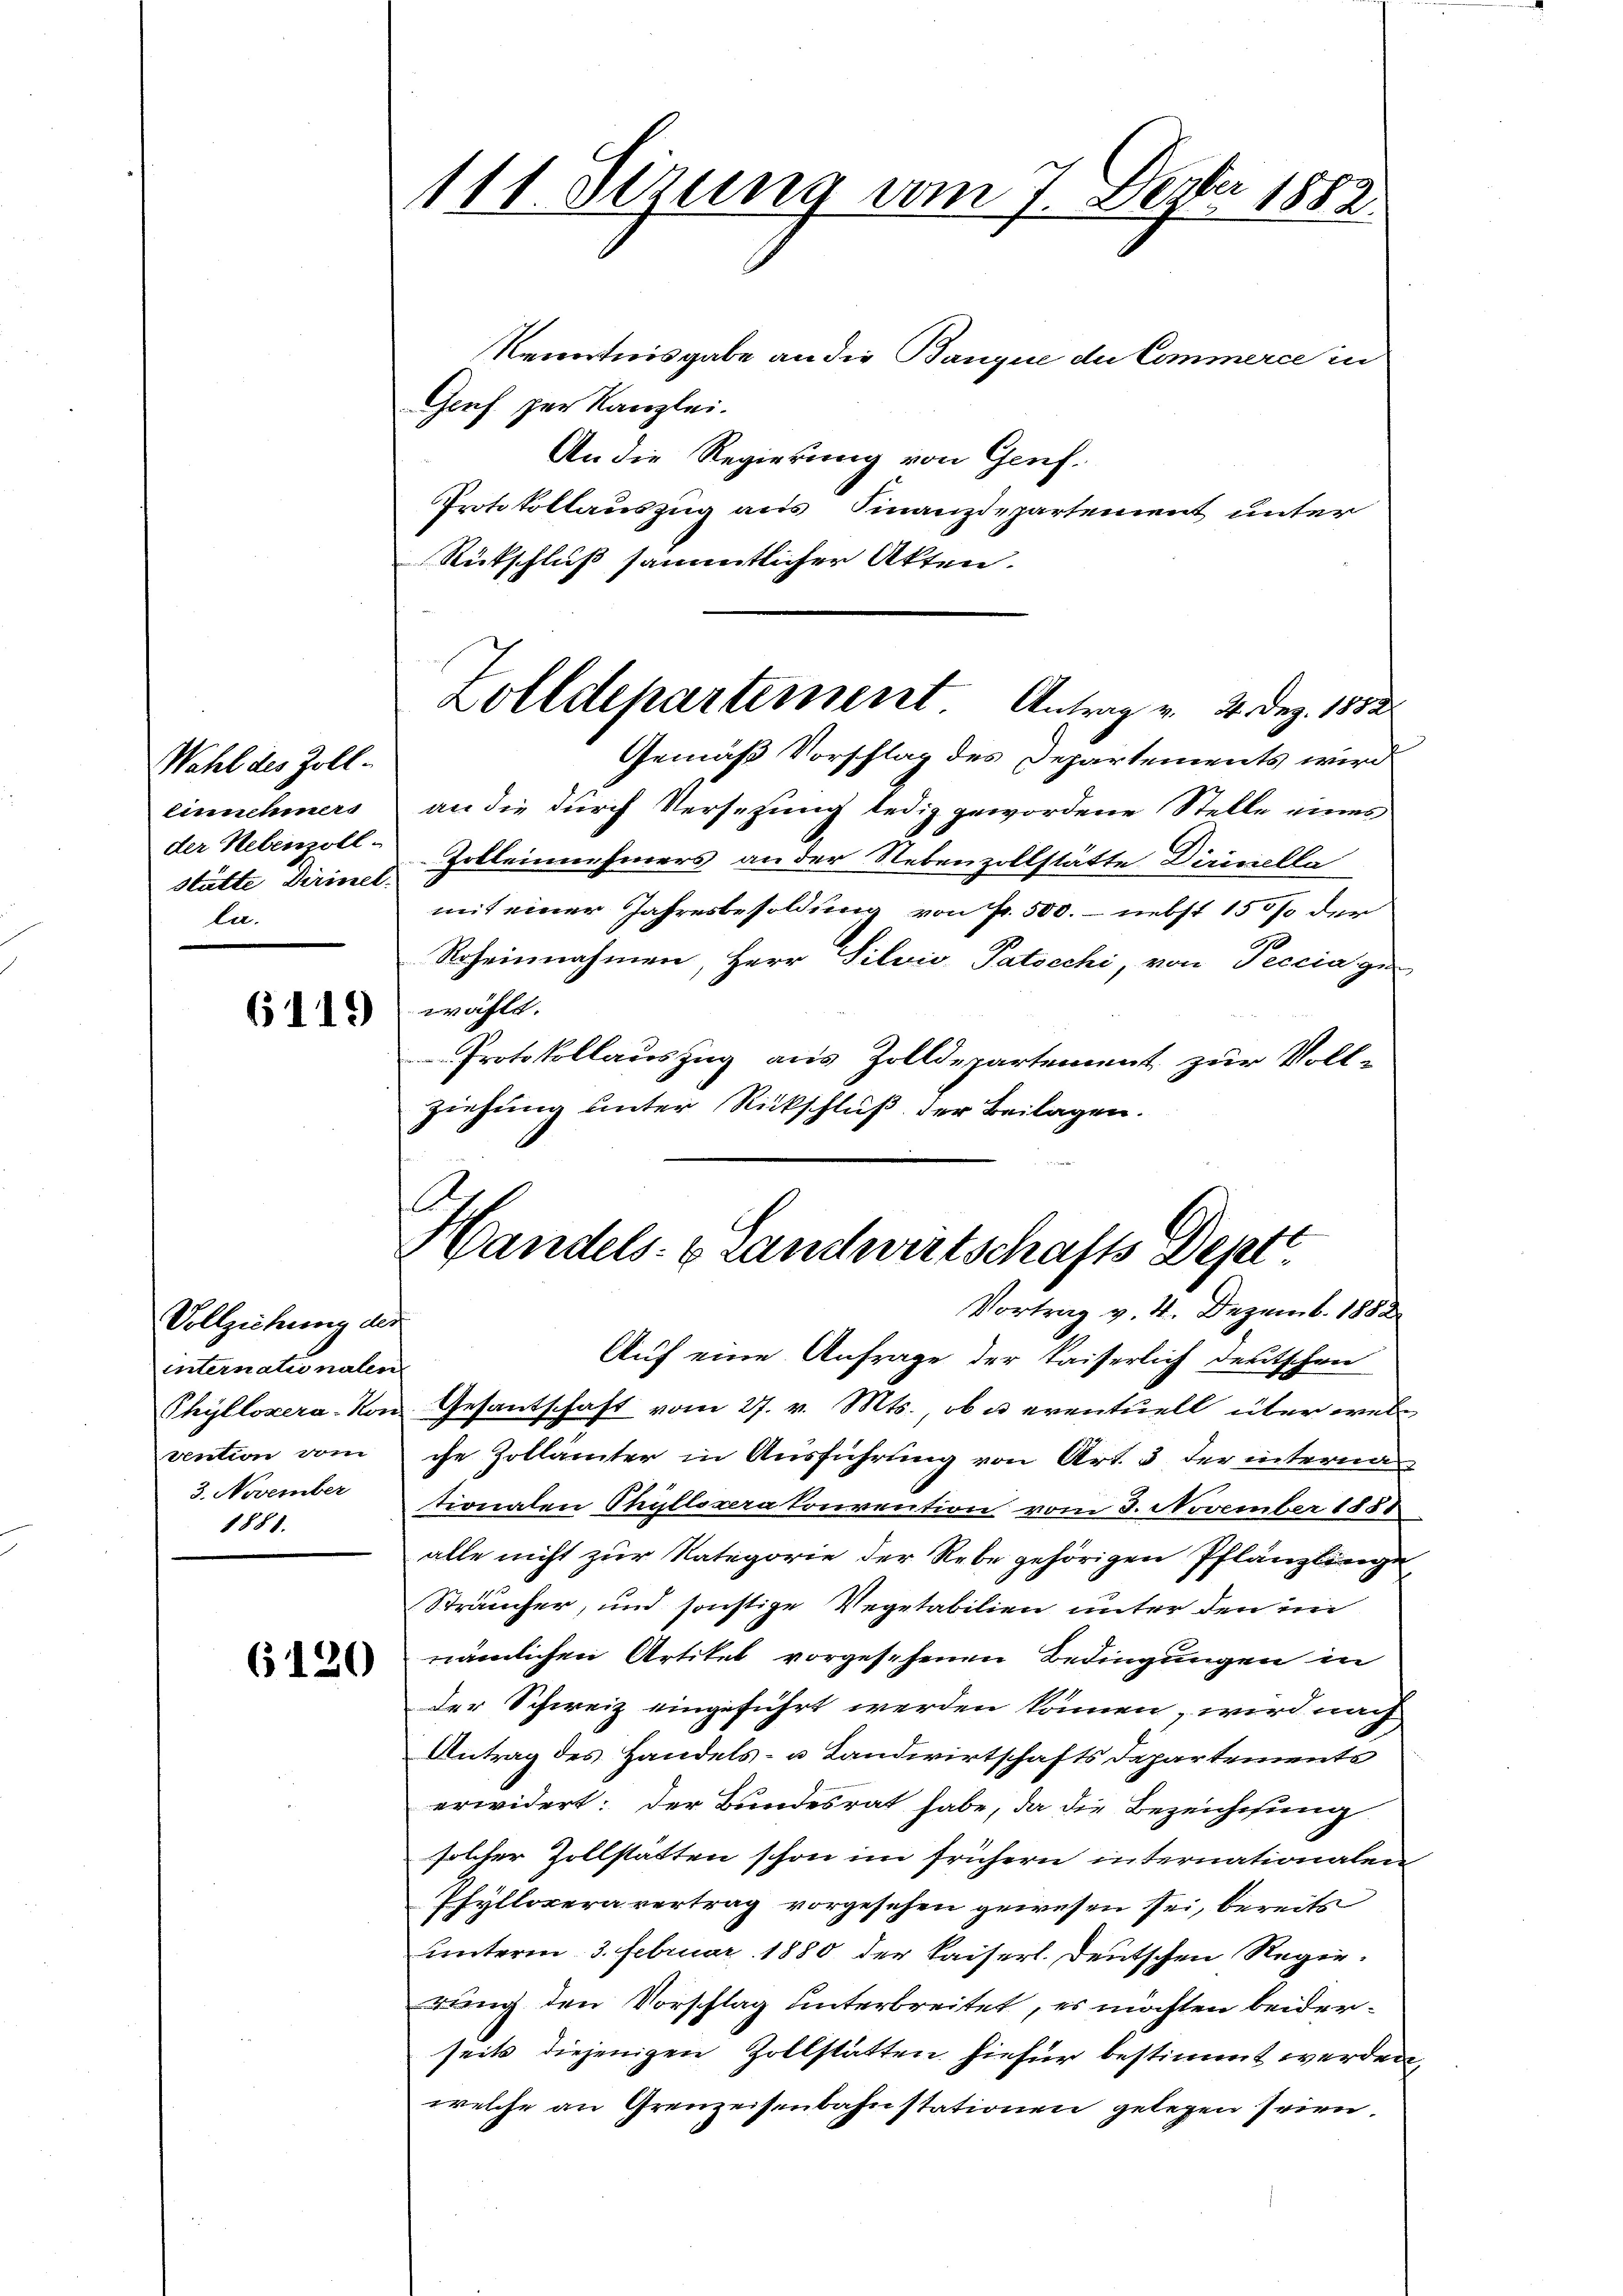
Wahl des Zoll-
Einnehmers
der Nebenzoll-
stätte Dirinel.
la.

6119

Vollziehung der
internationalen
vention vom
3. November
1881.

6120

111. Dezung vom 7. Dezbr 1882

Zolldepartement Antrag v. 4. Dez. 1882.

Handels- & Landwirtschafts Dept.
Vortrag v. 4. Dezemb. 1882

Kenntnisgabe an die Banque du Commerce in
Genf per Kanzlei.
An die Regierung von Genf.
Protokollauszug aus Finanzdepartement unter
Rütschluß sämmtlicher Akten.
Gemäß Vorschlag des Departements wird
an die durch Versetzung ledig gewordene Stelle eines
Zolleinnehmers an der Nebenzollstätte Diricella
mit einer Jahresbesoldung von fr. 500.- nebst 150 % der
Roheinnahmen, Herr Silvis Patscchi, von Peccia ge
wählt.
Protokollauszug aus Zolldepartement zur Voll-
ziehung unter Rückschluß der Beilagen.
Auf eine Anfrage der kaiserlich deutschen
Thyllozera-Von Gesantschaft vom 27. v. Mts., ob u. eventuell über welche Zollämter in Ausführung von Art. 3 der internationalen Phyllsvera Convention vom 3. November 1881
alle nicht zur Nategorie der Rebe gehörigen Pflänzlinge
Sträucher, und sonstige Vegetabilien unter den im
nämlichen Artikel vorgesehenen Bedingungen in
der Schweiz eingeführt werden können, wird nach
Antrag des Handels- u Landwirtschafts Departements
erwidert: der Bundesrat habe, da die Bezeichtung
solcher Zollstätten schon im frühern internationalen
Phyllopera vertrag vorgesehen gewesen sei, bereits
unterm 3. Februar 1880 der Kaiserl. Deutschen Regieng den Vorschlag unterbreitet, es möchten beiderseits diejenigen Zollstätten hiefür bestimmt werden,
welche an Grenzeisenbahnstationen gelegen seien.